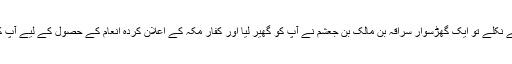
جب آپ وہاں سے نکلے تو ایک گھڑسوار سراقہ بن مالک بن جعشم نے آپ کو گھیر لیا اور کفارِ مکہ کے اعلان کردہ انعام کے حصول کے لیے آپ کو قتل کرنا چاہا۔